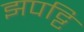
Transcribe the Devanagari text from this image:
झपट्टि